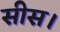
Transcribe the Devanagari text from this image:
सीस।